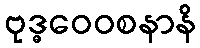
ဗုဒ္ဓဝေဝစနာနိ